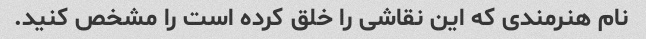
نام هنرمندی که این نقاشی را خلق کرده است را مشخص کنید.